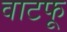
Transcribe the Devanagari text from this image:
वाटफू